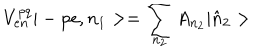
V _ { e n } ^ { p q } | - p e , n _ { 1 } > = \sum _ { n _ { 2 } } A _ { n _ { 2 } } | \hat { n } _ { 2 } >